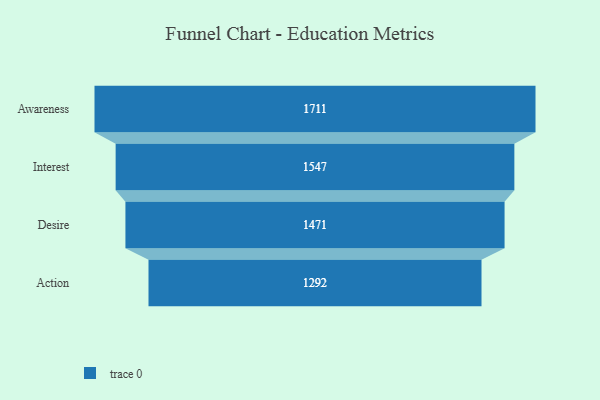
{"axis": {"x": "Stage", "y": "Value"}, "legend": [""], "data": [{"x": "Awareness", "y": 1711.0, "type": ""}, {"x": "Interest", "y": 1547.0, "type": ""}, {"x": "Desire", "y": 1471.0, "type": ""}, {"x": "Action", "y": 1292.0, "type": ""}]}